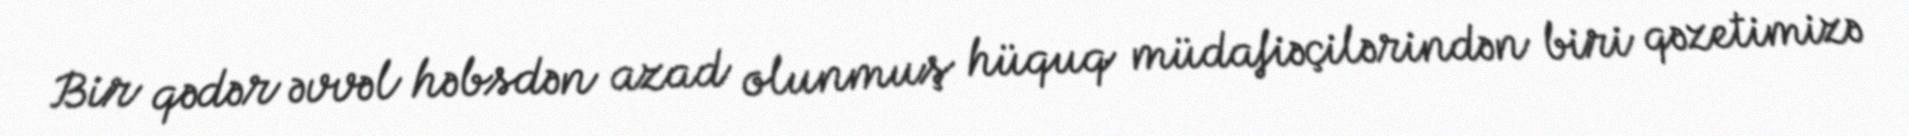
Bir qədər əvvəl həbsdən azad olunmuş hüquq müdafiəçilərindən biri qəzetimizə